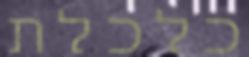
כלכלת